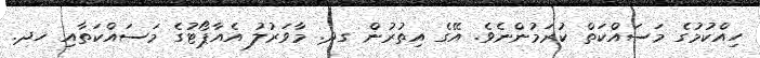
ހިއްކުމުގެ މަސައްކަތް ކުރަމުންނެވެ. އޭގެ އިތުރުން ގދ. މާވަރުލު އެއާޕޯޓުގެ މަސައްކަތާއި ހދ.